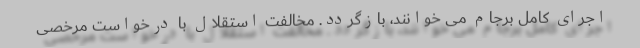
اجرای کامل برجام می خوانند، بازگردد. مخالفت استقلال با درخواست مرخصی